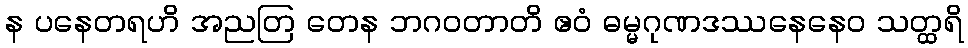
န ပနေတရဟိ အညတြ တေန ဘဂဝတာတိ ဧဝံ ဓမ္မဂုဏဒဿနေနေဝ သတ္ထရိ